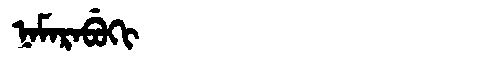
Manchu: ᠨᠠᠮᠠᡵᠠᠪᡠᡴᡳ
Romanization: NAMARABUKI